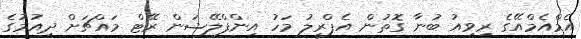
އެމްއެމްއޭގެ ރިވިއު ބުނާ ގޮތުން އެޕްރީލު މަހު އިންފްލޭޝަން ރޭޓް މައްޗަށް ދިއުމުގެ